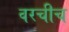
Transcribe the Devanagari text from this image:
वरचीच